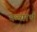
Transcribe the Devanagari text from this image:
कव्यार्थ